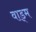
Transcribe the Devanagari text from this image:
वाड्म